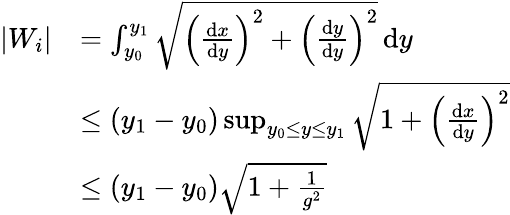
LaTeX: \begin{array}{rl}{|W_{i}|}&{=\int_{y_{0}}^{y_{1}}\sqrt{\left(\frac{\mathrm{d}x}{\mathrm{d}y}\right)^{2}+\left(\frac{\mathrm{d}y}{\mathrm{d}y}\right)^{2}}\, \mathrm{d}y}\\ &{\leq(y_{1}-y_{0})\operatorname*{sup}_{y_{0}\leq y\leq y_{1}}\sqrt{1+\left(\frac{\mathrm{d}x}{\mathrm{d}y}\right)^{2}}}\\ &{\leq(y_{1}-y_{0})\sqrt{1+\frac{1}{g^{2}}}}\end{array}